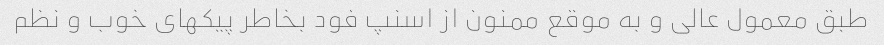
طبق معمول عالی و به موقع ممنون از اسنپ فود بخاطر پیکهای خوب و نظم